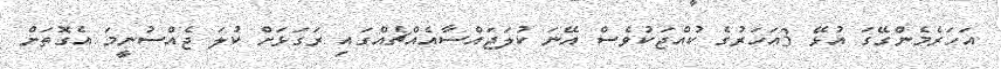
އަހަރެމެންގޭގަ އުޅޭ 3އަހަރުގެ ކުއްޖަކުވެސް އޭނަ ކުލަޖައްސާއެއްޗެއްގައި ރަގަޅަށް ކުލަ ޖެއްސުނީމަ އެގޮތަށް